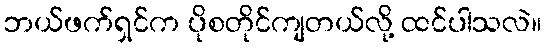
ဘယ်ဖက်ရှင်က ပိုစတိုင်ကျတယ်လို့ ထင်ပါသလဲ။